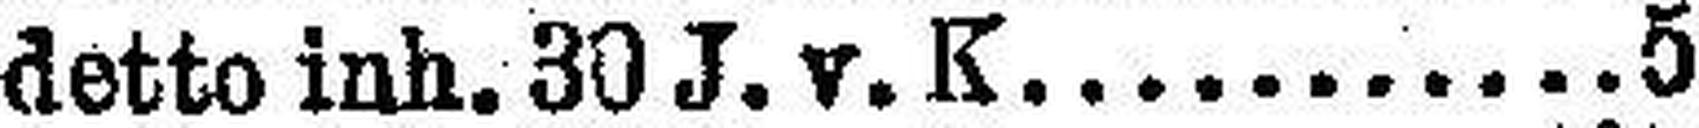
detto inh. 30 J. v. K. 5